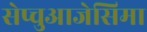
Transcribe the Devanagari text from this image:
सेप्चुआजेसिमा